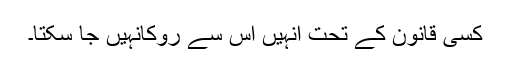
کسی قانون کے تحت انہیں اس سے روکانہیں جا سکتا۔